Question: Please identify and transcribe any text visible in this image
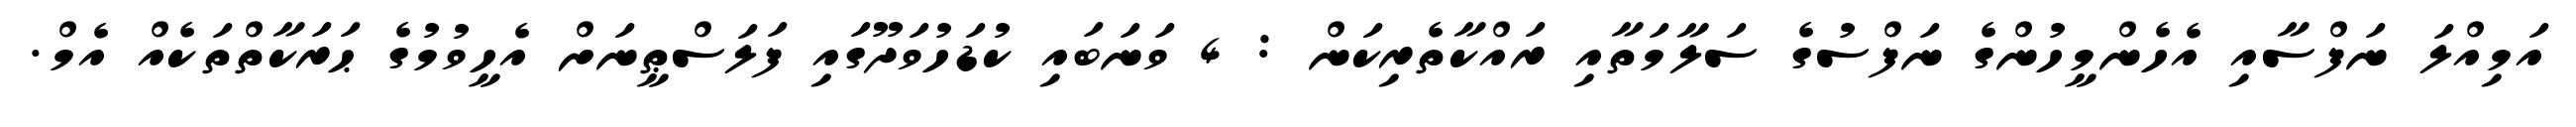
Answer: އަމިއްލަ ނަފްސާއި އެހެންމީހުންގެ ނަފްސުގެ ސަލާމަތާއި ރައްކާތެރިކަން : 4 ވަނަބައި ކުޑަހުވަދޫގައި ފަލަސްޠީނަށް އެހީވުމުގެ ޙަރަކާތްތަކެއް އެމް.